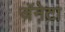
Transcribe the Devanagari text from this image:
जॅनेटा